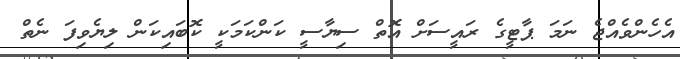
އެހެންވެއްޖެ ނަމަ ޕާޓީގެ ރައީސަށް އޮތް ސިޔާސީ ކަންކަމަކީ ކޮބައިކަން ލިޔެވިފަ ނެތް